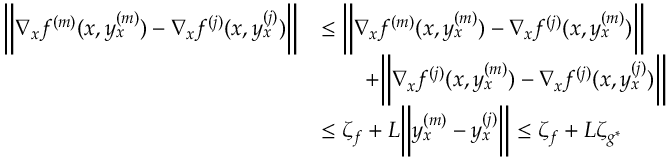
\begin{array} { r l } { \bigg \| \nabla _ { x } f ^ { ( m ) } ( x , y _ { x } ^ { ( m ) } ) - \nabla _ { x } f ^ { ( j ) } ( x , y _ { x } ^ { ( j ) } ) \bigg \| } & { \leq \bigg \| \nabla _ { x } f ^ { ( m ) } ( x , y _ { x } ^ { ( m ) } ) - \nabla _ { x } f ^ { ( j ) } ( x , y _ { x } ^ { ( m ) } ) \bigg \| } \\ & { \qquad + \bigg \| \nabla _ { x } f ^ { ( j ) } ( x , y _ { x } ^ { ( m ) } ) - \nabla _ { x } f ^ { ( j ) } ( x , y _ { x } ^ { ( j ) } ) \bigg \| } \\ & { \leq \zeta _ { f } + L \bigg \| y _ { x } ^ { ( m ) } - y _ { x } ^ { ( j ) } \bigg \| \leq \zeta _ { f } + L \zeta _ { g ^ { \ast } } } \end{array}